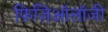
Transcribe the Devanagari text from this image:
फ़िज़िऑलॉजी